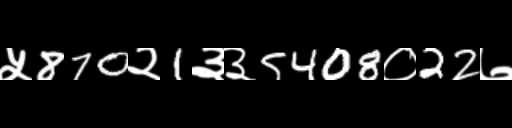
Text: ५870२1३३5408०22७